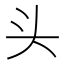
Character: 头